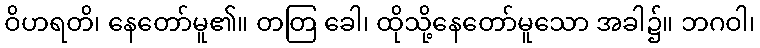
ဝိဟရတိ၊ နေတော်မူ၏။ တတြ ခေါ၊ ထိုသို့နေတော်မူသော အခါ၌။ ဘဂဝါ၊